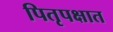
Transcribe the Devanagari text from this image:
पितृपक्षात